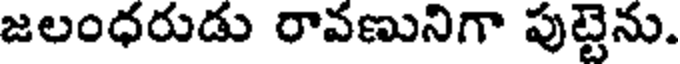
జలంధరుడు రావణునిగా పుట్టెను.